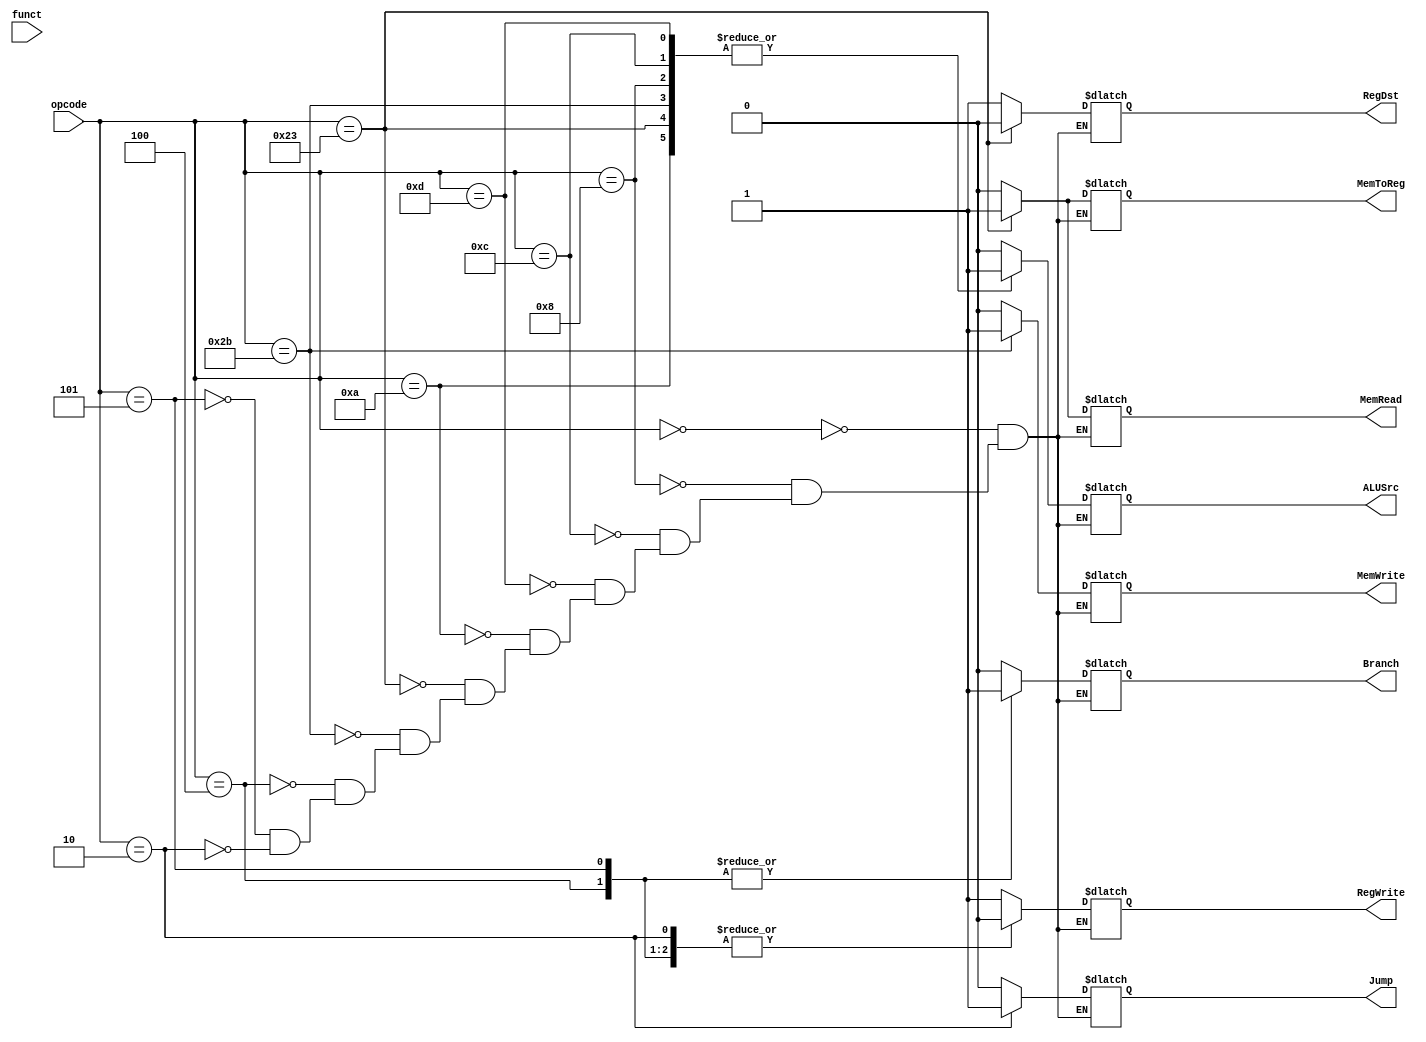
module ControlUnit(
	input [5:0] opcode, funct,
    output reg RegWrite, 
        RegDst,
		MemRead, 
        MemWrite, 
        MemToReg,
		Branch, 
        Jump,
        ALUSrc);

    always @(opcode) 
    begin
        case(opcode)
            6'b000000: {RegDst, Jump, ALUSrc, MemToReg, RegWrite, MemRead, MemWrite, Branch} = 10'b10001000; //R type
            6'b001000: {RegDst, Jump, ALUSrc, MemToReg, RegWrite, MemRead, MemWrite, Branch} = 10'b10101000; //ADDI
            6'b001100: {RegDst, Jump, ALUSrc, MemToReg, RegWrite, MemRead, MemWrite, Branch} = 10'b10101000; //ANDI
            6'b001101: {RegDst, Jump, ALUSrc, MemToReg, RegWrite, MemRead, MemWrite, Branch} = 10'b10101000; //ORI
            6'b001010: {RegDst, Jump, ALUSrc, MemToReg, RegWrite, MemRead, MemWrite, Branch} = 10'b10101000; //SLTI
            6'b100011: {RegDst, Jump, ALUSrc, MemToReg, RegWrite, MemRead, MemWrite, Branch} = 10'b00111100; //LW
            6'b101011: {RegDst, Jump, ALUSrc, MemToReg, RegWrite, MemRead, MemWrite, Branch} = 10'bx01x0010; //SW 
            6'b000100: {RegDst, Jump, ALUSrc, MemToReg, RegWrite, MemRead, MemWrite, Branch} = 10'bx00x0001; //BEQ
            6'b000101: {RegDst, Jump, ALUSrc, MemToReg, RegWrite, MemRead, MemWrite, Branch} = 10'bx00x0001; //BNE
            6'b000010: {RegDst, Jump, ALUSrc, MemToReg, RegWrite, MemRead, MemWrite, Branch} = 10'bx1xx0x0x; //J
        endcase
    end
	
endmodule

//* mammad
/* always @(opcode, funct) begin
		// Reset every signal
		RegWrite = 1'b1;
		RegDst = 1'b0;
		MemRead = 1'b0;
		MemWrite = 1'b0;
		Branch = 1'b0;
        Jump = 1'b0;
        ALUop = 1'b0;
        ALUSrc = 1'b0;
        MemToReg = 1'b0;

        if(
            (opcode == 6'b000000 && funct == 6'b100000)
            ||
            (opcode == 6'b001000)
        )
            begin // add, addi
            ALUop = 4'b0000;
        end
        
        if(
            (opcode == 6'b000000 && funct == 6'b101011)
            || opcode == 6'b000100 || opcode == 6'b000101)
            begin // sub
            ALUop = 4'b0001;
        end

        if(
            (opcode == 6'b000000 && funct == 6'b100110)
            ||
            (opcode == 6'b001110)
        )
            begin // or, ori
            ALUop = 4'b0011;
        end

        if(
            (opcode == 6'b000000 && funct == 6'b100100)
            ||
            (opcode == 6'b001100)
        )
            begin // and, andi
            ALUop = 4'b0010;
        end

        if(
            (opcode == 6'b000000 && funct == 6'b100110)
            ||
            (opcode == 6'b001110)
        )
            begin // xor, xori
            ALUop = 4'b0100;
        end

        if(
            (opcode == 6'b000000 && funct == 6'b101010)
            ||
            (opcode == 6'b001010)
        )
            begin // slt, slti
            ALUop = 4'b0101;
        end

        if(opcode == 6'b000000) begin
            if (func == 6'b100000
                || func == 6'b100100
                || func == 6'b100101
                || func == 6'b100111
                || func == 6'b100110
                || func == 6'b101010
                || func == 6'b100010
                || func == 6'b000000
                ) //add, sll, sub, and, or, nor, xor, slt, I copied it from prev homework code :D
                    RegDst = 1'b1;
        end
        if (op == 6'b001000
            or op == 6'b001100
            or op == 6'b001101
            or op == 6'b001100
            or op == 6'b001110
            or op == 6'b001010) //addi, andi, ori, xori, slti
            ALUSrc = 1'b1;
        if(op == 6'b000100 || op == 6'b000101) begin //beq, bne
            Branch = 1'b1;
            RegWrite = 1'b0;
        end
        if(op == 6'b000010) begin //j
            Jump = 1'b1;
            RegWrite = 1'b0;
        end
        if(op == 6'b101011) begin //sw
            MemWrite = 1'b1;
            RegWrite = 1'b0;
        end
        if(op == 6'b100011) begin//lw
            MemRead = 1'b1;
            MemToReg = 1'b1;
        end
    end */